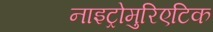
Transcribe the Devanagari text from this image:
नाइट्रोमुरिएटिक